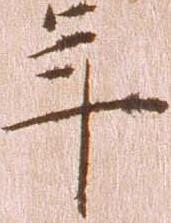
年